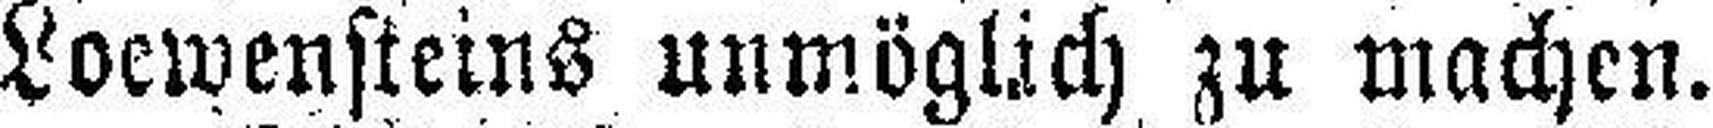
Loewensteins unmöglich zu machen.